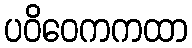
ပဝိဝေကကထာ